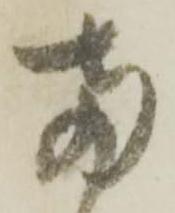
両